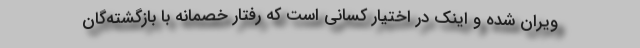
ویران شده و اینک در اختیار کسانی است که رفتار خصمانه‌ با بازگشته‌گان